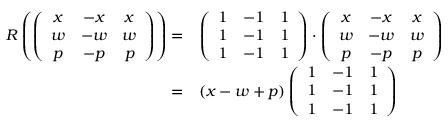
\begin{array} { r l } { R \left( \left( \begin{array} { c c c } { x } & { - x } & { x } \\ { w } & { - w } & { w } \\ { p } & { - p } & { p } \end{array} \right) \right) = } & { \left( \begin{array} { c c c } { 1 } & { - 1 } & { 1 } \\ { 1 } & { - 1 } & { 1 } \\ { 1 } & { - 1 } & { 1 } \end{array} \right) \cdot \left( \begin{array} { c c c } { x } & { - x } & { x } \\ { w } & { - w } & { w } \\ { p } & { - p } & { p } \end{array} \right) } \\ { = } & { ( x - w + p ) \left( \begin{array} { c c c } { 1 } & { - 1 } & { 1 } \\ { 1 } & { - 1 } & { 1 } \\ { 1 } & { - 1 } & { 1 } \end{array} \right) } \end{array}